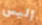
إليس